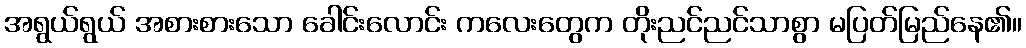
အရွယ်ရွယ် အစားစားသော ခေါင်းလောင်း ကလေးတွေက တိုးညင်ညင်သာစွာ မပြတ်မြည်နေ၏။